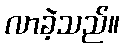
လာခဲ့သည်။